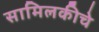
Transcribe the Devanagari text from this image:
सामिलकीचे